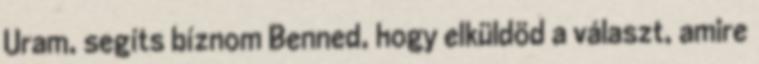
Uram, segíts bíznom Benned, hogy elküldöd a választ, amire